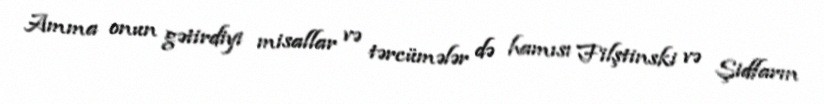
Amma onun gətirdiyi misallar və tərcümələr də hamısı Filştinski və Şidfarın